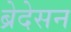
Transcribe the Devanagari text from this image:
ब्रेदेसन